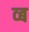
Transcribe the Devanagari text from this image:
व्ब